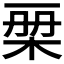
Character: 𣑨